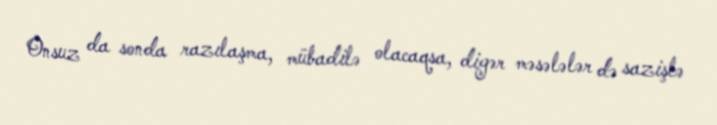
Onsuz da sonda razılaşma, mübadilə olacaqsa, digər məsələlər də sazişlə